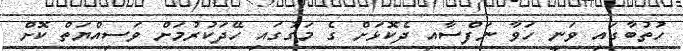
ހުތުބާގައި ވަނީ ހަވާ ނަފްސާއި ދެކޮޅަށް ގެ މަގުގައި ހޭދަކުރުމަށް ވަސިއްޔަތް ކޮށް